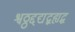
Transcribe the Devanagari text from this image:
श्वठ्ठद्दद्यद्बह्यद्ध